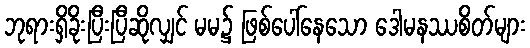
ဘုရားရှိခိုးပြီးပြီဆိုလျှင် မမ၌ ဖြစ်ပေါ်နေသော ဒေါမနဿစိတ်များ